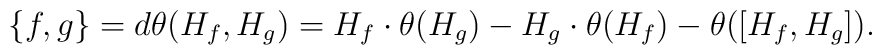
\{ f ,g \} = d\theta (H_f ,H_g) = H_f\cdot\theta (H_g) -H_g\cdot\theta (H_f) - \theta ([ H_f,H_g ]).